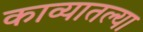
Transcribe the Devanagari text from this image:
काव्यातल्या